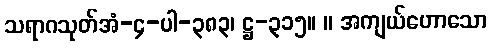
သရာဂသုတ်အံ-၄-ပါ-၃၈၃၊ ဋ္ဌ-၃၁၅။ ။ အကျယ်ဟောသော